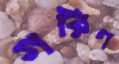
গরিণ